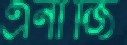
এনার্জি